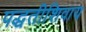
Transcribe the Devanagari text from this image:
पद्धतीशिवाय